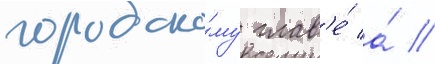
городско́му глав'е́ а́ //